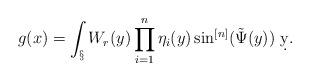
LaTeX: \begin{align*}g(x) = \int_\S W_r(y)\prod_{i=1}^n\eta_i(y)\sin^{[n]}(\tilde \Psi(y))\ \d y.\end{align*}